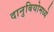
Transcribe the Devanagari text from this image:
दानुबियोमध्ये